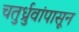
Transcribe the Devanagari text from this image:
चतुर्ध्रुवांपासून